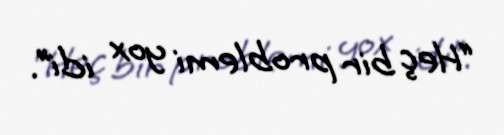
“Heç bir problemi yox idi”.